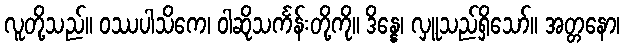
လူတို့သည်။ ဝဿပါသိကေ၊ ဝါဆိုသင်္ကန်းတို့ကို။ ဒိန္နေ၊ လှူသည်ရှိသော်။ အတ္တနော၊